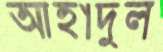
আহাদুল